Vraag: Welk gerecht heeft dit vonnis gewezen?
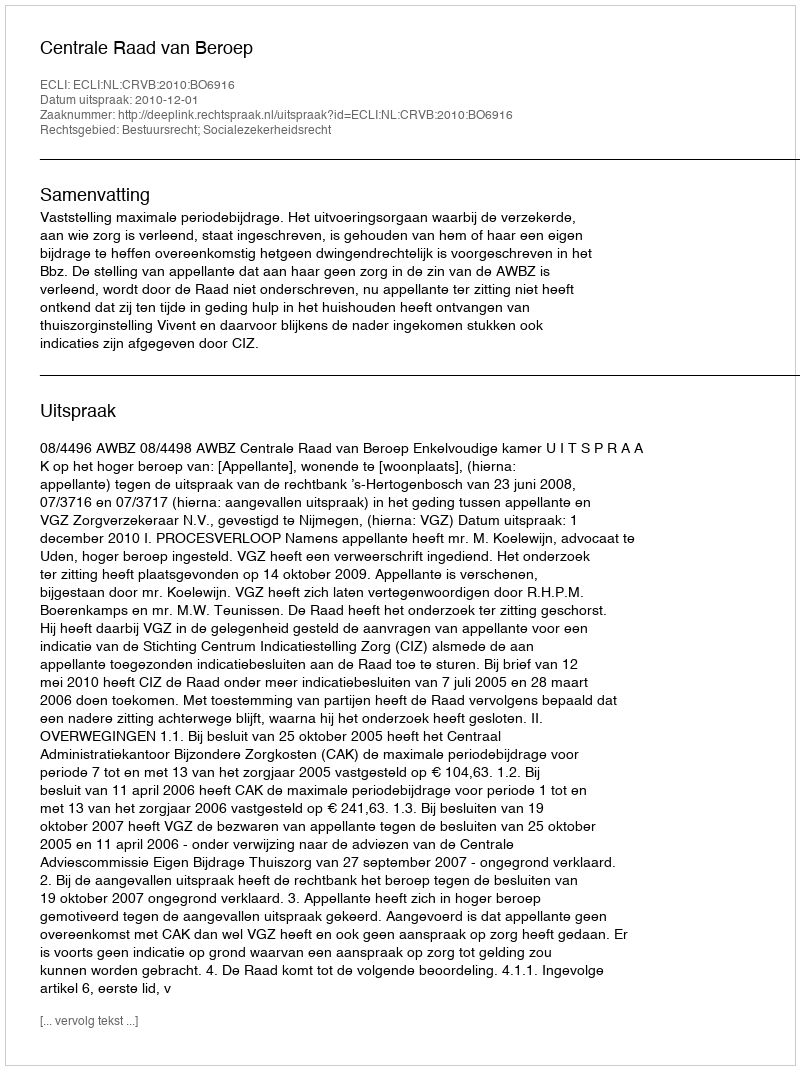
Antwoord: Centrale Raad van Beroep